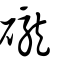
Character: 礲